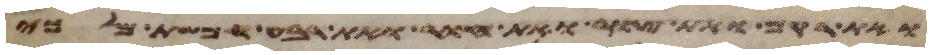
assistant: ואת רקם ואת צור ואת חור ואת רבע חמשת מלכי